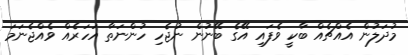
މުދަލުން އެއްޗެއް ބާކީ ވެފައި އޭގެ ބޭނުން ނުޖެހި ހުންނަތާ އަހަރެއް ވެއްޖެނަމަ